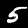
Label: 5